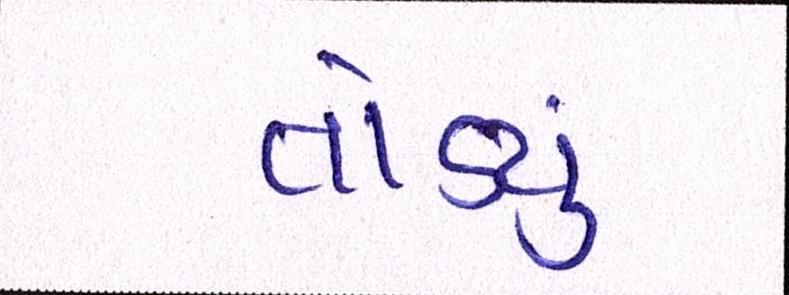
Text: તોળ્યું